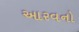
આરવનો